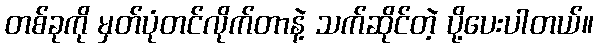
တစ်ခုကို မှတ်ပုံတင်လိုက်တာနဲ့ သက်ဆိုင်တဲ့ ပို့ပေးပါတယ်။